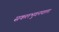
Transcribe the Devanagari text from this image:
सकलभुवनपाला